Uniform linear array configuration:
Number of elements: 12
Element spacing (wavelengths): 0.25
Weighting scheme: cosine
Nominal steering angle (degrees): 30
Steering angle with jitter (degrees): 29.929
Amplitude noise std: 0.05
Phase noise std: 0.05

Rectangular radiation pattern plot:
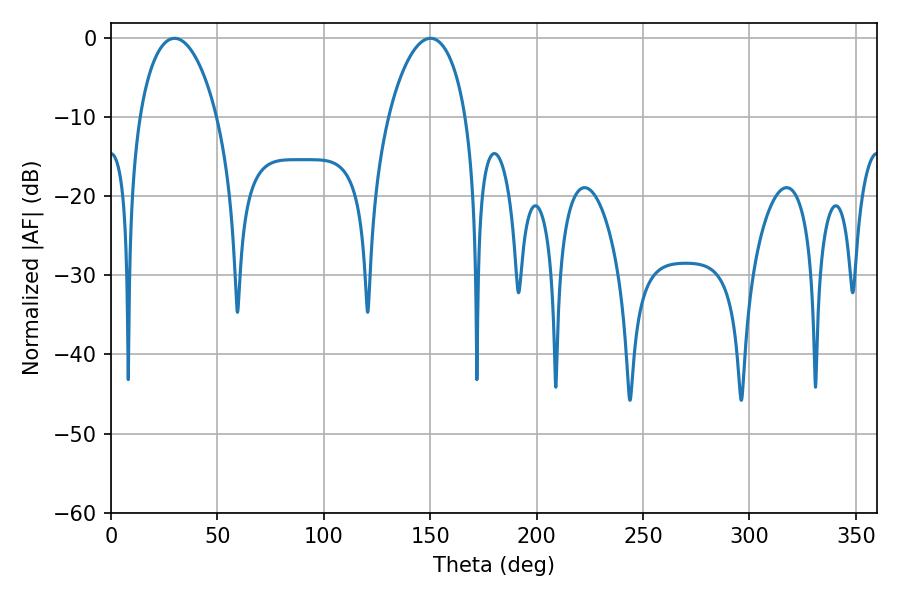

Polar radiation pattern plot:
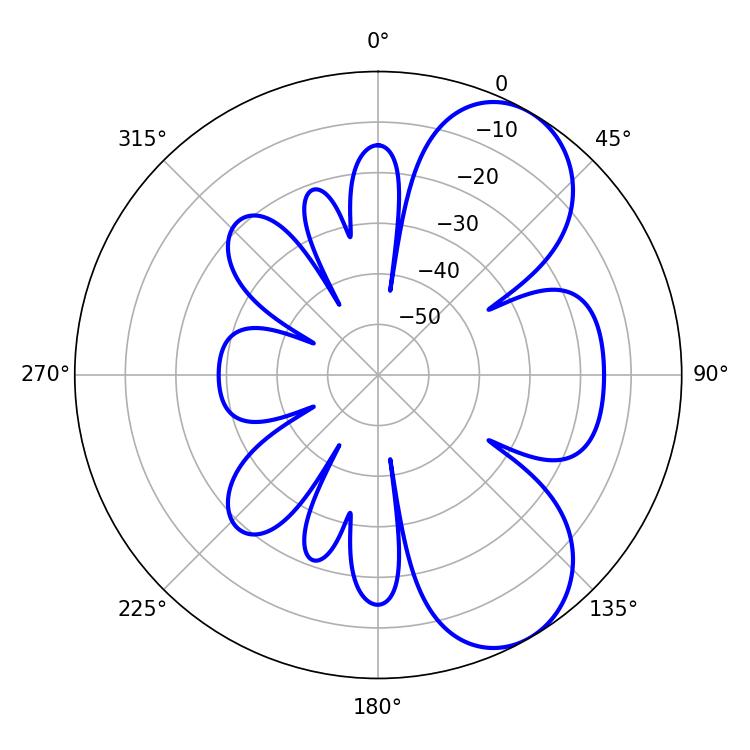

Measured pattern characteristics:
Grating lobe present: FALSE
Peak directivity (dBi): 7.004
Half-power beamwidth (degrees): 20.7
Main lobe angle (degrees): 29.88